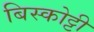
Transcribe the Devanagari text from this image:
बिस्कोट्टी